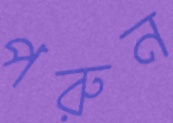
পরুন